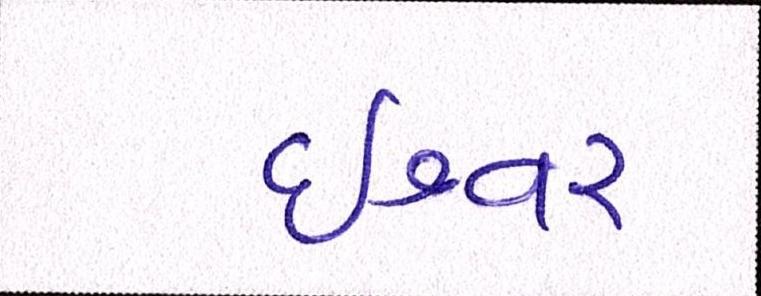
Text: ઈશ્વર